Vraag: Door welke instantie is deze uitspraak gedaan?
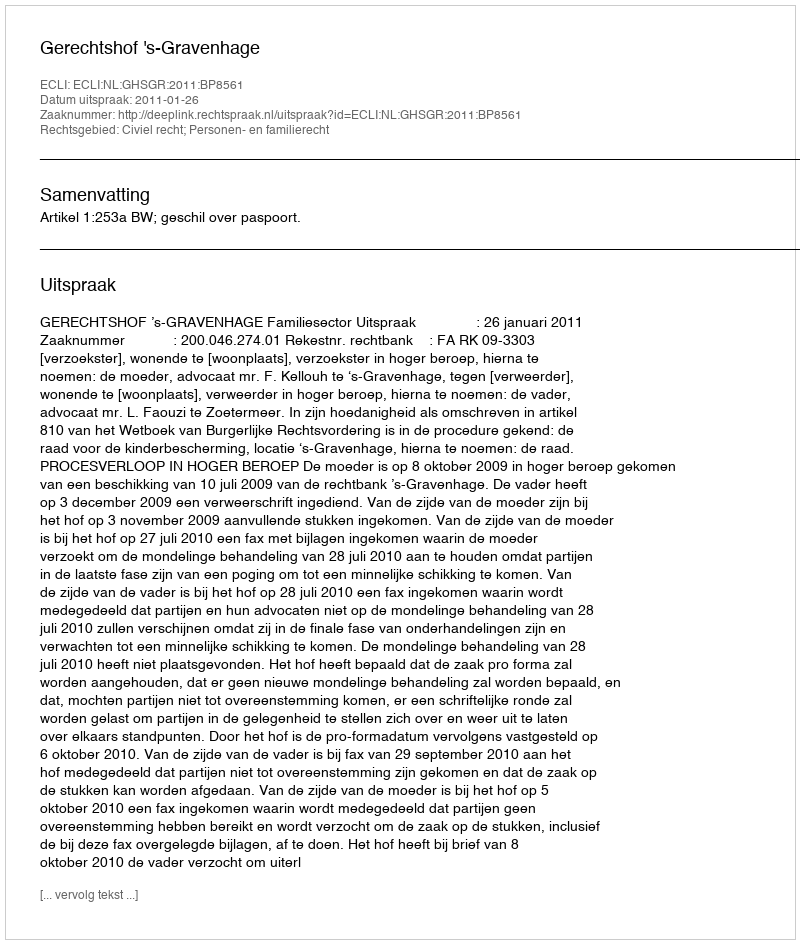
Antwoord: Gerechtshof 's-Gravenhage